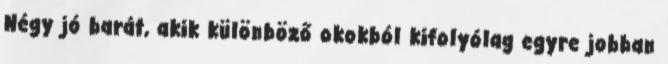
Négy jó barát, akik különböző okokból kifolyólag egyre jobban